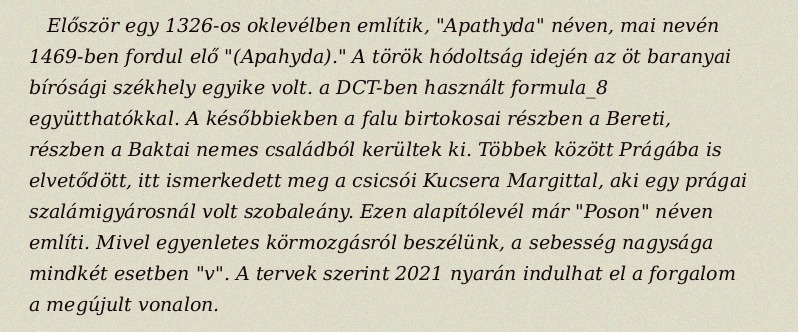
Először egy 1326-os oklevélben említik, "Apathyda" néven, mai nevén 1469-ben fordul elő "(Apahyda)." A török hódoltság idején az öt baranyai bírósági székhely egyike volt. a DCT-ben használt formula_8 együtthatókkal. A későbbiekben a falu birtokosai részben a Bereti, részben a Baktai nemes családból kerültek ki. Többek között Prágába is elvetődött, itt ismerkedett meg a csicsói Kucsera Margittal, aki egy prágai szalámigyárosnál volt szobaleány. Ezen alapítólevél már "Poson" néven említi. Mivel egyenletes körmozgásról beszélünk, a sebesség nagysága mindkét esetben "v". A tervek szerint 2021 nyarán indulhat el a forgalom a megújult vonalon.